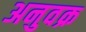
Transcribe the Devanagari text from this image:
अनुवक्र